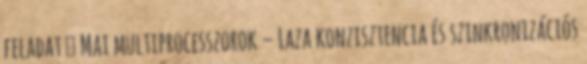
feladat ● Mai multiprocesszorok – Laza konzisztencia és szinkronizációs